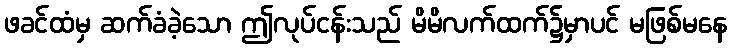
ဖခင်ထံမှ ဆက်ခံခဲ့သော ဤလုပ်ငန်းသည် မိမိလက်ထက်၌မှာပင် မဖြစ်မနေ